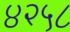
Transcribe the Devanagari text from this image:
४२५८